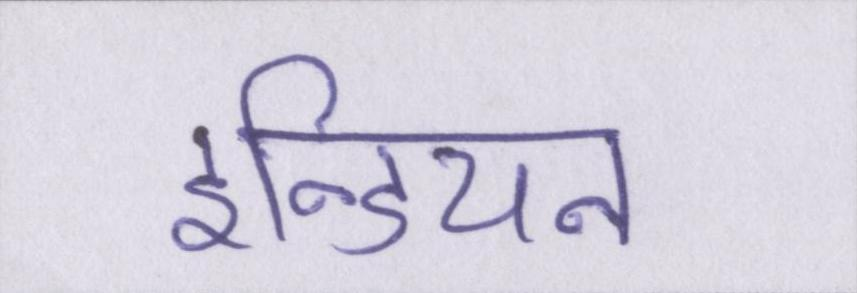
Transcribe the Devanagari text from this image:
इन्डियन